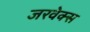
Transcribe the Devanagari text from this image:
जरवेक्स